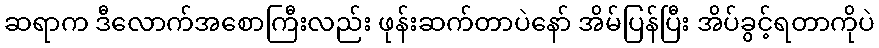
ဆရာက ဒီလောက်အစောကြီးလည်း ဖုန်းဆက်တာပဲနော် အိမ်ပြန်ပြီး အိပ်ခွင့်ရတာကိုပဲ